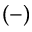
\left( - \right)